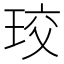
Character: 珓